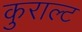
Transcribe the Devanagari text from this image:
कुराल्ट